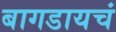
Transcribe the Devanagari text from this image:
बागडायचं